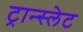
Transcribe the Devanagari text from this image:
ट्रान्स्लेट